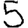
Digit: 5